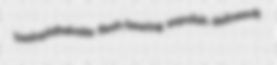
basiophthalmite flesh-bearing expolish delineavit